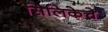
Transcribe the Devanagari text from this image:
सिलिकेचे